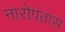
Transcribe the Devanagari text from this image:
नारोपंतास